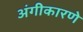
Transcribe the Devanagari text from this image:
अंगीकारणे